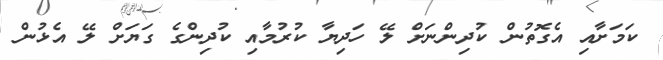
ކަމަށާއި އެގޮތުން ކުދިންނަށް ލޭ ހަދިޔާ ކުރުމާއި ކުދިންގެ ގަޔަށް ލޭ އެޅުން